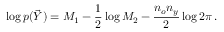
\log p ( \vec { Y } ) = M _ { 1 } - \frac { 1 } { 2 } \log M _ { 2 } - \frac { { n _ { o } } n _ { y } } { 2 } \log 2 \pi \, .